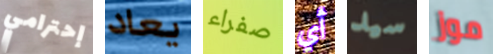
إحترامي يعاد صفراء أي سيد موز